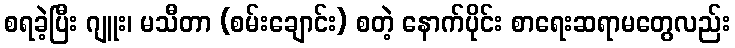
စရခဲ့ပြီး ဂျူး၊ မသီတာ (စမ်းချောင်း) စတဲ့ နောက်ပိုင်း စာရေးဆရာမတွေလည်း